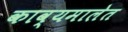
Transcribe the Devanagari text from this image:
काव्यमालेत